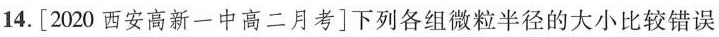
14.[2020西安高新一中高二月考]下列各组微粒半径的大小比较错误